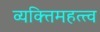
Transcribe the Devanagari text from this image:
व्यक्‍तिमहत्त्व